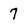
Character: 7